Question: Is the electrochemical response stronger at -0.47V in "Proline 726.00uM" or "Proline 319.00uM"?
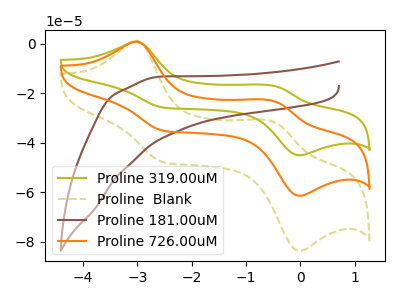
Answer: <think>The olive curve "Proline 319.00uM" has anodic peaks at (-3.00V, 1.75uA) (-0.45V, -46.70uA) and cathodic peaks at (-2.55V, -70.20uA) (-0.05V, -122.75uA). The olive dashed curve "Proline  Blank" has anodic peaks at (-3.00V, 1.20uA) (-0.45V, -31.80uA) and cathodic peaks at (-2.55V, -47.80uA) (-0.05V, -83.60uA). The brown curve "Proline 181.00uM" has no peaks. The orange curve "Proline 726.00uM" has anodic peaks at (-3.00V, 0.90uA) (-0.45V, -23.35uA) and cathodic peaks at (-2.55V, -35.10uA) (-0.05V, -61.35uA).</think>
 <answer>The peak at -0.47V is higher in "Proline 726.00uM" than in "Proline 319.00uM".</answer>
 <eval>higher</eval>